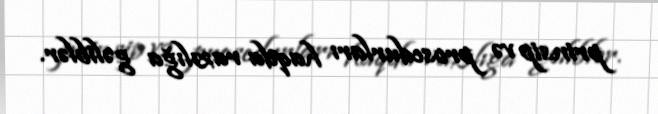
prinsip və prosedurları haqda razılığa gəliblər.